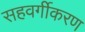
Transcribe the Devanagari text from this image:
सहवर्गीकरण